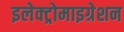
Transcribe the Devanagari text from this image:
इलेक्ट्रोमाइग्रेशन